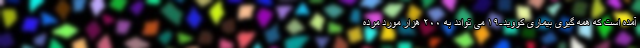
آمده است که همه گیری بیماری کووید-۱۹ می تواند به ۲۰۰ هزار مورد مرده